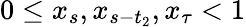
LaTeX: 0\le x_{s},x_{s-t_{2}},x_{\tau}<1